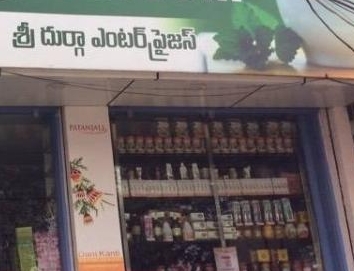
Language: telugu
Transcription: ఎంటర్ ప్రైజస్ దుర్గా శ్రీ